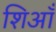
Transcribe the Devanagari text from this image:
शिआँ